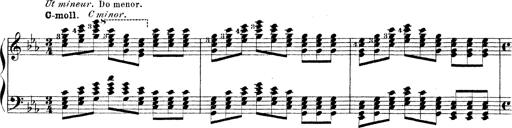
Title: Technische Studien
Composer: Franz Liszt